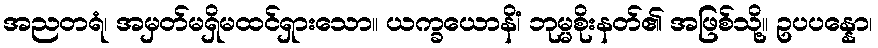
အညတရံ၊ အမှတ်မရှိမထင်ရှားသော။ ယက္ခယောနိံ၊ ဘုမ္မစိုးနတ်၏ အဖြစ်သို့။ ဥပပန္နော၊